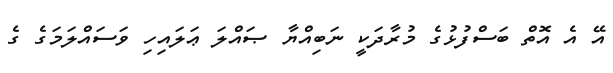
އޭ އެ އޮތް ބަސްފުޅުގެ މުރާދަކީ ނަބިއްޔާ ޞައްލަ ޢަލައިހި ވަސައްލަމަގެ ގެ